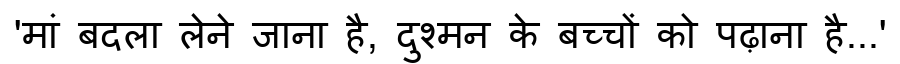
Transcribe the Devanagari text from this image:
'मां बदला लेने जाना है, दुश्मन के बच्चों को पढ़ाना है...'